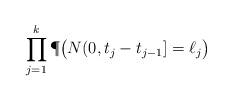
LaTeX: \begin{align*} \prod_{j=1}^k \P\big( N(0,t_j-t_{j-1}]=\ell_j\big)\end{align*}